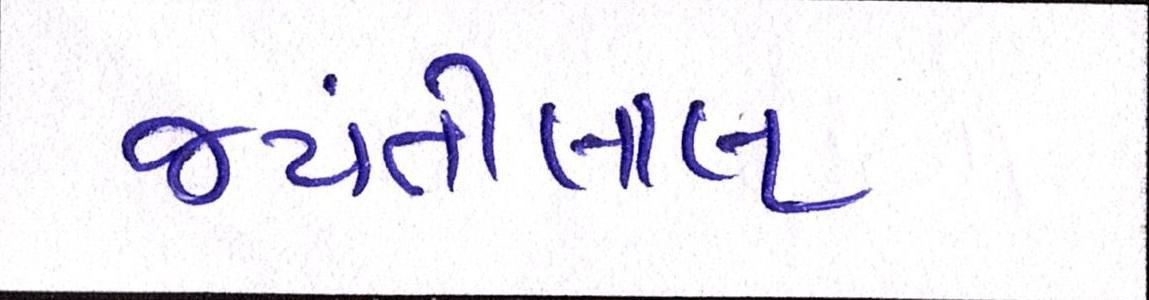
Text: જયંતીલાલ